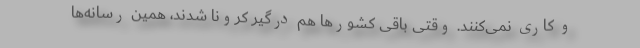
و کاری نمی‌کنند. وقتی باقی کشورها هم درگیر کرونا شدند، همین رسانه‌ها